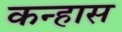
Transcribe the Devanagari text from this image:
कन्हास